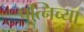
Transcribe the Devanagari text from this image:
पत्निच्या